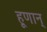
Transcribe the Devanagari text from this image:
हूणान्‌